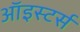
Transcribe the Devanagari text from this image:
ऑइस्टर्स